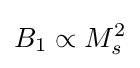
B_{1}\propto M_{s}^{2}